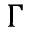
\Gamma